Problem: 8 × 3 = ?
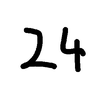
Handwritten answer: 24